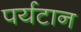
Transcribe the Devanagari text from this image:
पर्यटान